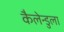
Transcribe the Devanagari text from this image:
कैलेन्डुला